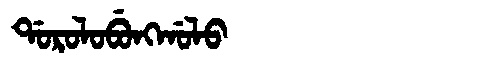
Manchu: ᡩᠣᡵᠣᠯᠣᠪᡠᠩᡤᠣᠯᠣ
Romanization: DOROLOBUNGGOLO